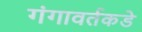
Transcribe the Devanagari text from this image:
गंगावर्तकडे